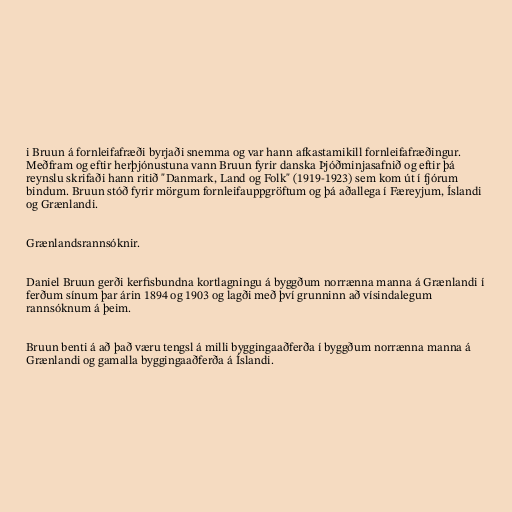
i Bruun á fornleifafræði byrjaði snemma og var hann afkastamikill fornleifafræðingur.
Meðfram og eftir herþjónustuna vann Bruun fyrir danska Þjóðminjasafnið og eftir þá
reynslu skrifaði hann ritið "Danmark, Land og Folk" (1919-1923) sem kom út í fjórum
bindum. Bruun stóð fyrir mörgum fornleifauppgröftum og þá aðallega í Færeyjum, Íslandi
og Grænlandi.

Grænlandsrannsóknir.

Daniel Bruun gerði kerfisbundna kortlagningu á byggðum norrænna manna á Grænlandi í
ferðum sínum þar árin 1894 og 1903 og lagði með því grunninn að vísindalegum
rannsóknum á þeim.

Bruun benti á að það væru tengsl á milli byggingaaðferða í byggðum norrænna manna á
Grænlandi og gamalla byggingaaðferða á Íslandi.